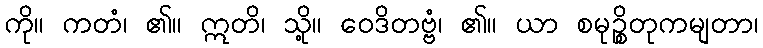
ကို။ ကတံ၊ ၏။ ဣတိ၊ သို့။ ဝေဒိတဗ္ဗံ၊ ၏။ ယာ စမုဉ္စိတုကမျတာ၊